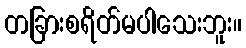
တခြားစရိတ်မပါသေးဘူး။